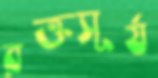
রক্তসূর্য